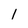
Character: 1